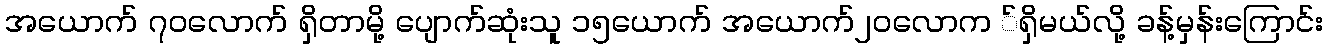
အယောက် ၇၀လောက် ရှိတာမို့ ပျောက်ဆုံးသူ ၁၅ယောက် အယောက်၂၀လောက ်ရှိမယ်လို့ ခန့်မှန်းကြောင်း